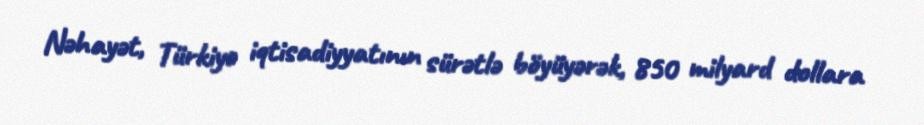
Nəhayət, Türkiyə iqtisadiyyatının sürətlə böyüyərək, 850 milyard dollara